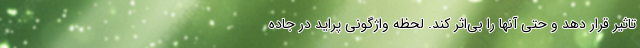
تاثیر قرار دهد و حتی آنها را بی‌اثر کند. لحظه واژگونی پراید در جاده